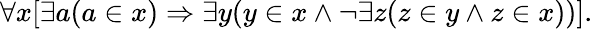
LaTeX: \forall x[\exists a(a\in x)\Rightarrow\exists y(y\in x\land\lnot\exists z(z\in y\land z\in x))].